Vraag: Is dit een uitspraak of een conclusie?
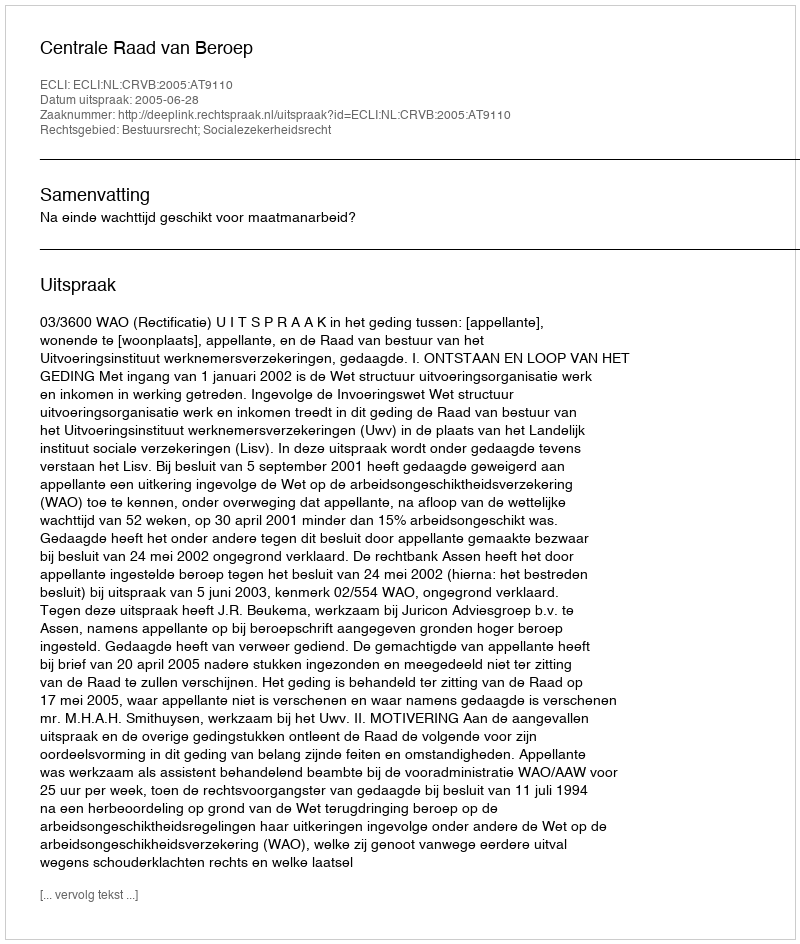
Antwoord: Uitspraak